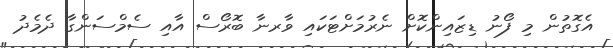
އެގޮތުން މި ފޯނު ޑިޒައިންކޮށް ނެރުމަށްޓަކައި ވާރނާ ބޮރޯސް އާއި ސެމްސަންގާ ދެމެދު